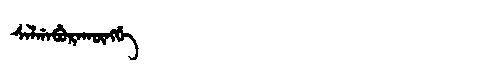
Manchu: ᠰᠠᠯᡤᠠᠪᡠᡵᠠᡴᡡᠩᡤᡝ
Romanization: SALGABURAKŪNGGE